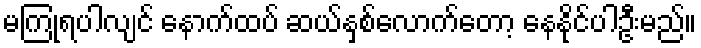
မကြုံရပါလျင် နောက်ထပ် ဆယ်နှစ်လောက်တော့ နေနိုင်ပါဦးမည်။